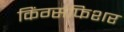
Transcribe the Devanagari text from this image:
किंग्सफिशर